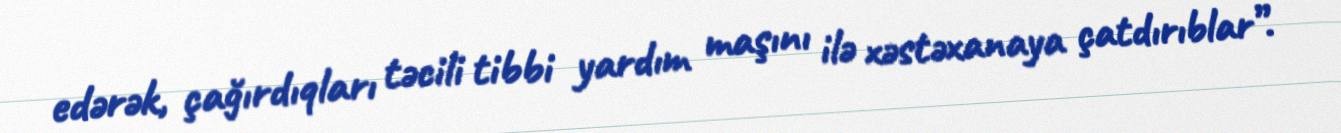
edərək, çağırdıqları təcili tibbi yardım maşını ilə xəstəxanaya çatdırıblar”.